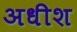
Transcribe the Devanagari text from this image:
अधीश